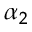
\alpha _ { 2 }